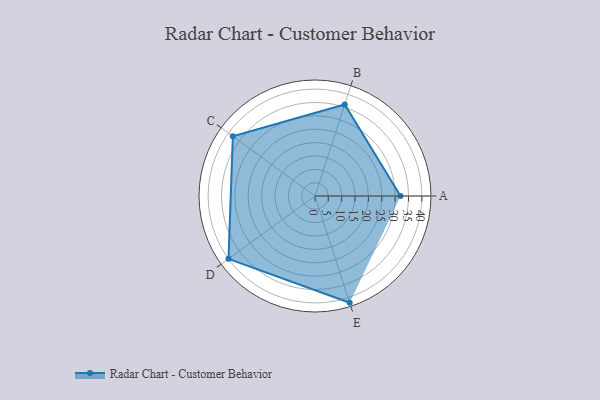
{"axis": {"x": "Skill", "y": "Score"}, "legend": ["Profile"], "data": [{"x": "A", "y": 32.0, "type": "Profile"}, {"x": "B", "y": 36.0, "type": "Profile"}, {"x": "C", "y": 38.0, "type": "Profile"}, {"x": "D", "y": 40.0, "type": "Profile"}, {"x": "E", "y": 42.0, "type": "Profile"}]}